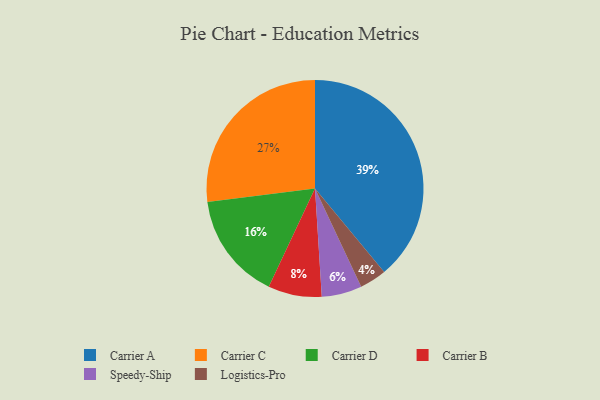
{"axis": {"x": "Category", "y": "Percentage"}, "legend": ["Carrier A", "Carrier B", "Carrier C", "Carrier D", "Logistics-Pro", "Speedy-Ship"], "data": [{"x": "Logistics-Pro", "y": 4, "type": "Logistics-Pro"}, {"x": "Carrier B", "y": 8, "type": "Carrier B"}, {"x": "Carrier D", "y": 16, "type": "Carrier D"}, {"x": "Speedy-Ship", "y": 6, "type": "Speedy-Ship"}, {"x": "Carrier A", "y": 39, "type": "Carrier A"}, {"x": "Carrier C", "y": 27, "type": "Carrier C"}]}